Plague in India, 1896, 1897 - Volume 3
Year: 1896
Disease focus: Plague
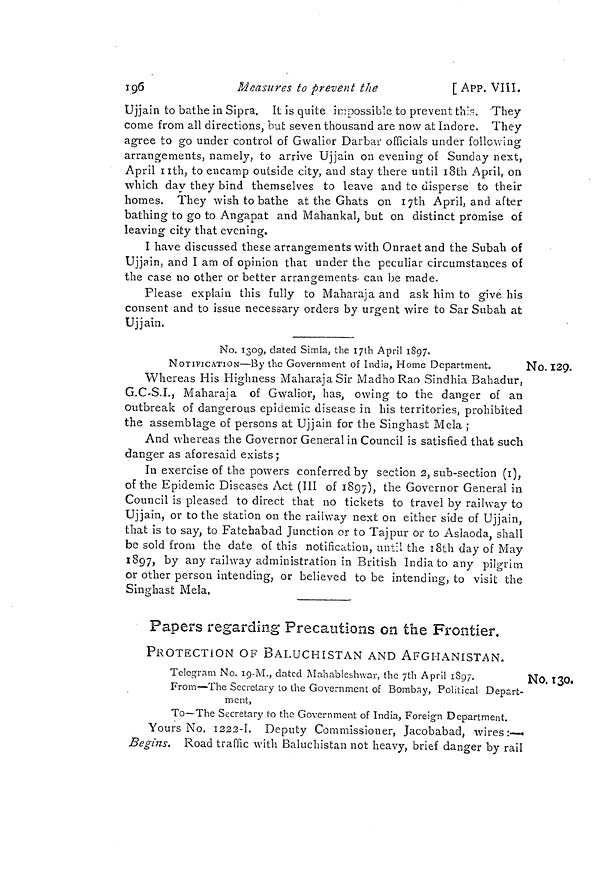
196
Measures to prevent the
[ APP. VIÍI.
Ujjain to bathe in Sipra. It is quite impossible to prevent this. They
come from all directions, but seven thousand are now at Indore. They
agree to go under control of Gwalior Darbar officials under following
arrangements, namely, to arrive Ujjain on evening of Sunday next,
April 11th, to encamp outside city, and stay there until 18th April, on
which day they bind themselves to leave and to disperse to their
homes. They wish to bathe at the Ghats on 17th April, and after
bathing to go to Angapat and Mahankal, but on distinct promise of
leaving city that evening.
I have discussed these arrangements with Onraet and the Subah of
Ujjain, and I am of opinion that under the peculiar circumstances of
the case no other or better arrangements can be made.
Please explain this fully to Maharaja and ask him to give his
consent and to issue necessary orders by urgent wire to Sar Subah at
Ujjain.
No. 129.
No. 1309, elated Simla, the 17th April 1897.
NOTIFICATION—By the Government of India, Home Department.
1
Whereas His Highness Maharaja Sir Madho Rao Sindhia Bahadur,
G.C.S.L, Maharaja of Gwalior, has, owing to the danger of an
outbreak of dangerous epidemic disease in his territories, prohibited
the assemblage of persons at Ujjain for the Singhast Mela ;
And whereas the Governor General in Council is satisfied that such
danger as aforesaid exists ;
In exercise of the powers conferred by section 2, sub-section (1),
of the Epidemic Diseases Act (III of 1897), the Governor General in
Council is pleased to direct that no tickets to travel by railway to
Ujjain, or to the station on the railway next on either side of Ujjain,
that is to say, to Fatehabad Junction or to Tajpur or to Aslaoda, shall
be sold from the date of this notification, until the 18th day of May
1897, by any railway administration in British India to any pilgrim
or other person intending, or believed to be intending, to visit the
Singhast Mela,
Papers regarding Precautions on the Frontier.
PROTECTION OF BALUCHISTAN AND AFGHANISTAN.
No. 130,
Telegram No. 19-M., dated Mahableshwar, the 7th April 1897.
From—The Secretary to the Government of Bombay, Political Depart-
ment,
To—The Secretary to the Government of India, Foreign Department.
Yours No. 1222-1. Deputy Commissioner, Jacobabacl, wires:—•
Begins. Road traffic with Baluchistan not heavy, brief danger by rail